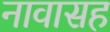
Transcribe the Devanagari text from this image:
नावासह